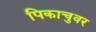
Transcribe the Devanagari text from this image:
पिकाचुवर